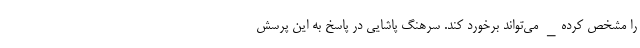
را مشخص کرده_ می‌تواند برخورد کند. سرهنگ پاشایی در پاسخ به این پرسش